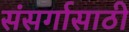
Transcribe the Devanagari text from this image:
संसर्गासाठी